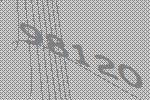
98120